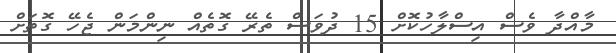
މާއްދާ ވެސް އިސްލާހުކޮށް 15 ދުވަސް ތެރޭ ގޮތެއް ނިންމަން ޖެހޭ ގޮތަށް